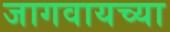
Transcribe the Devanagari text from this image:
जागवायच्या